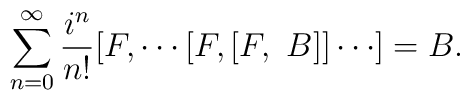
\sum_{n=0}^{\infty} \frac{i^n}{n!}  [F, \cdots [F,[F,~B]] \cdots ] = B.